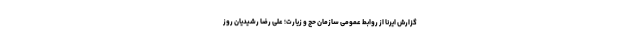
گزارش ایرنا از روابط عمومی سازمان حج و زیارت؛ علی رضا رشیدیان روز